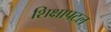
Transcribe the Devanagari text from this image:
शिक्षापटल